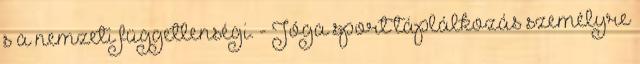
s a nemzeti függetlenségi. - Jóga sport táplálkozás személyre